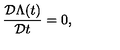
\frac { { \cal D } \Lambda ( t ) } { { \cal D } t } = 0 ,